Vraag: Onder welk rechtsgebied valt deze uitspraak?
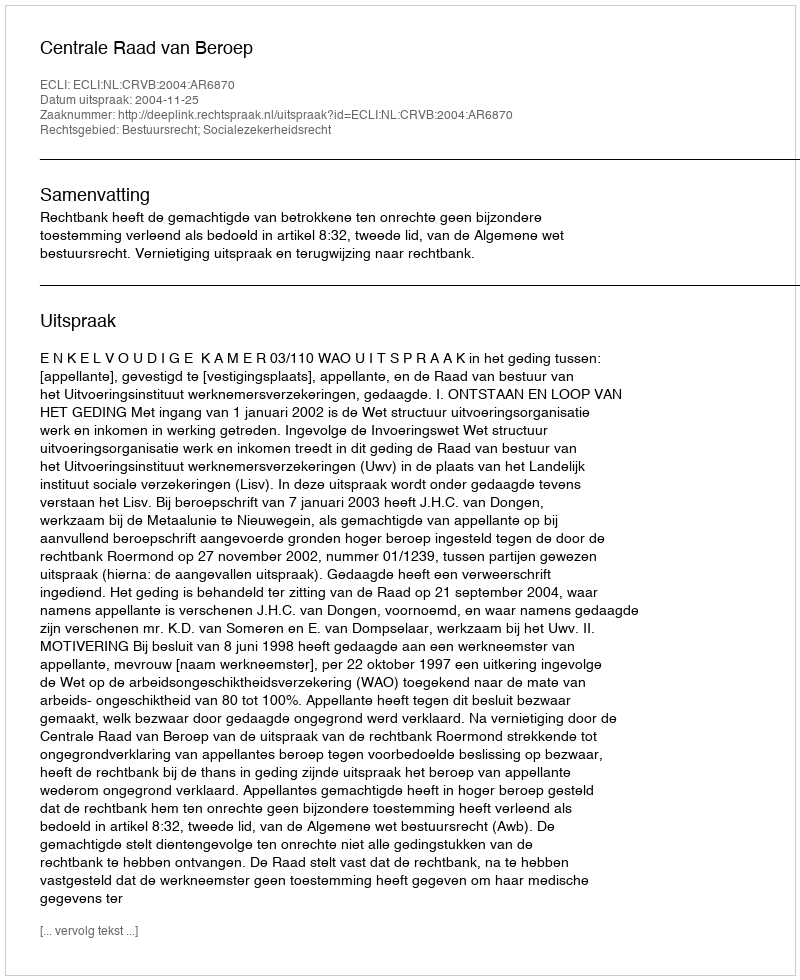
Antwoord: Bestuursrecht; Socialezekerheidsrecht